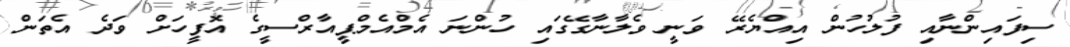
ސިފައިންނާއި ފުލުހުން އިއްޔެރޭ ވަނީ ވެލާނާގޭގައި ހުންނަ އެމްއެމްޕީއާރްސީގެ އޮފީހަށް ވަދެ އެތަން